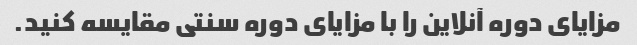
مزایای دوره آنلاین را با مزایای دوره سنتی مقایسه کنید.